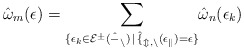
\begin{align*}\hat\omega_m(\epsilon) = \underset{\{\epsilon_k \in \cal E^\pm(\hat \Gamma_n) \, \mid \, \hat f_{m,n}(\epsilon_k) = \epsilon\}}{\sum}\hat \omega_n(\epsilon_k)\end{align*}